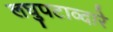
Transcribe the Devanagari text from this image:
लघुपटाव्दारे